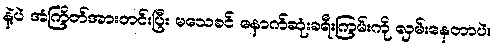
နဲ့ပဲ အံကြိတ်အားတင်းပြီး မသေခင် နောက်ဆုံးခရီးကြမ်းကို လှမ်းနေတာပဲ။